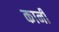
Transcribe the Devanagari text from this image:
कानीं